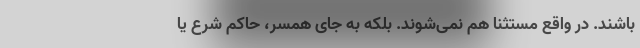
باشند. در واقع مستثنا هم نمی‌شوند. بلکه به جای همسر، حاکم شرع یا